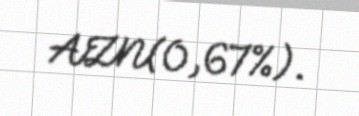
AZN(0,67%).